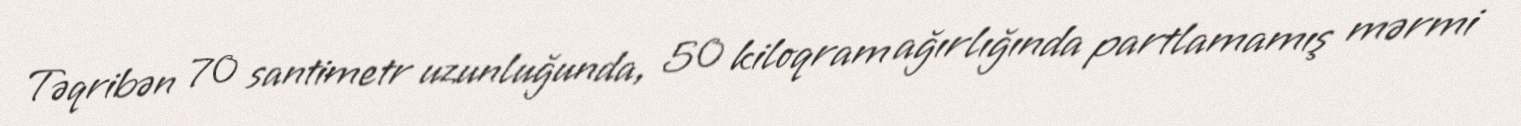
Təqribən 70 santimetr uzunluğunda, 50 kiloqram ağırlığında partlamamış mərmi